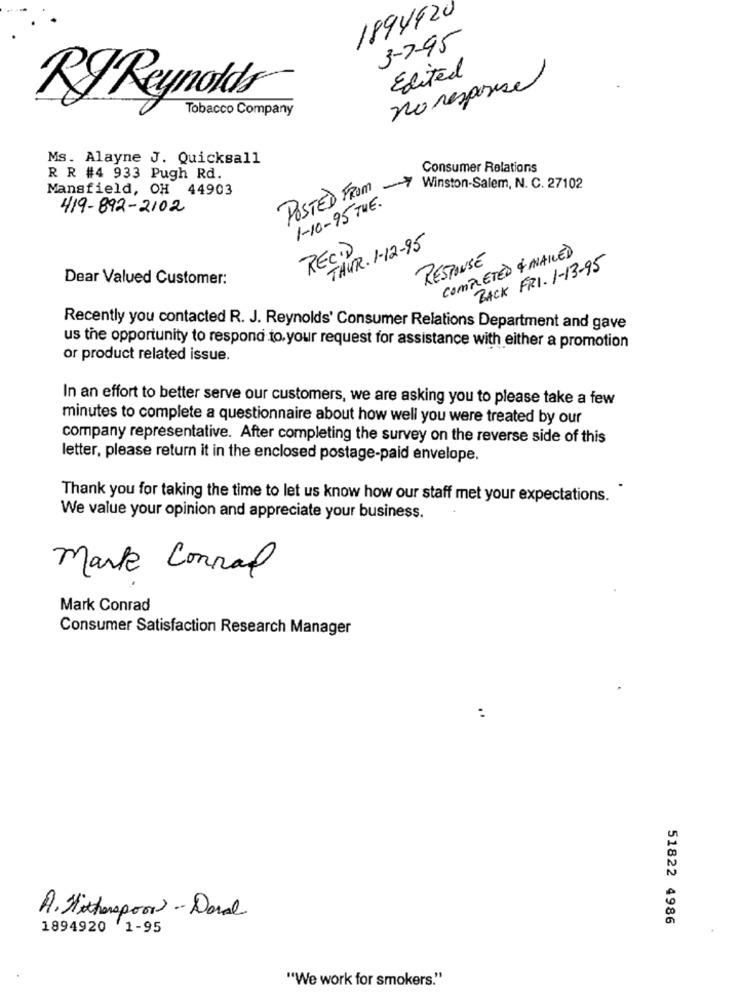
1894420
3-7-95
Edited
no response
RJ Reynolds
Tobacco Company
Ms. Alayne J. Quicksall
Consumer Relations
R R #4 933 Pugh Rd.
Mansfield, OH 44903
POSTED FROM
Winston-Salem, N. C. 27102
1-10-95 THE.
419-892-2102
THUR. 1-12-95
RECI)
COMPLETED + MAILED
RESPONSE
BACK FRI. 1-13-95
Dear Valued Customer:
Recently you contacted R. J. Reynolds' Consumer Relations Department and gave
us the opportunity to respond to. your request for assistance with either a promotion
or product related issue.
In an effort to better serve our customers, we are asking you to please take a few
minutes to complete a questionnaire about how well you were treated by our
company representative. After completing the survey on the reverse side of this
letter, please return it in the enclosed postage-paid envelope.
Thank you for taking the time to let us know how our staff met your expectations.
We value your opinion and appreciate your business.
Mark Conrad
Mark Conrad
Consumer Satisfaction Research Manager
:
A. Hitherspoor - Daval
51822 4986
1894920 1-95
"We work for smokers."